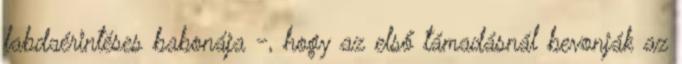
labdaérintéses babonája -, hogy az első támadásnál bevonják az